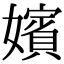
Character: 嬪